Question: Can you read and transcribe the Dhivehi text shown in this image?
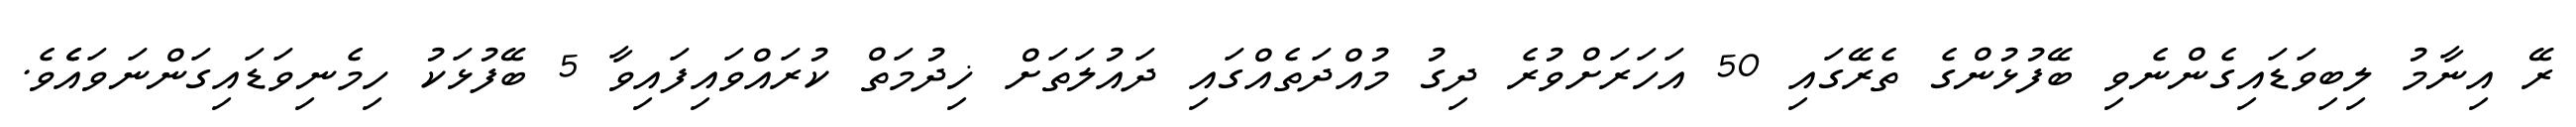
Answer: ރޭ އިނާމު ލިބިވަޑައިގެންނެވި ބޭފުޅުންގެ ތެރޭގައި 50 އަހަރަށްވުރެ ދިގު މުއްދަތެއްގައި ދައުލަތަށް ޚިދުމަތް ކުރައްވައިފައިވާ 5 ބޭފުޅަކު ހިމެނިވަޑައިގަންނަވައެެވެ.